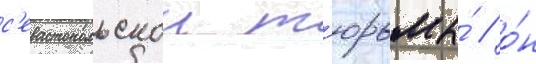
с'евастопольскои т'юрьмы́ / о́н